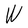
Character: W